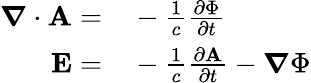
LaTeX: \begin{array}{rl}{\boldsymbol{\nabla}\cdot\mathbf{A}=}&{{}-\frac{1}{c}\frac{\partial\Phi}{\partial t}}\\ {\mathbf{E}=}&{{}-\frac{1}{c}\frac{\partial\mathbf{A}}{\partial t}-\boldsymbol{\nabla}\Phi}\end{array}